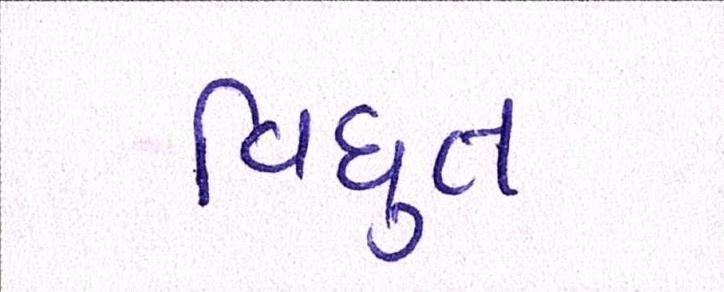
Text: વિધુત